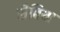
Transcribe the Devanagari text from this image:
सैबिया